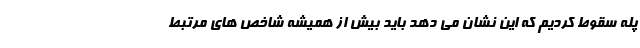
پله سقوط کردیم که این نشان می دهد باید بیش از همیشه شاخص های مرتبط